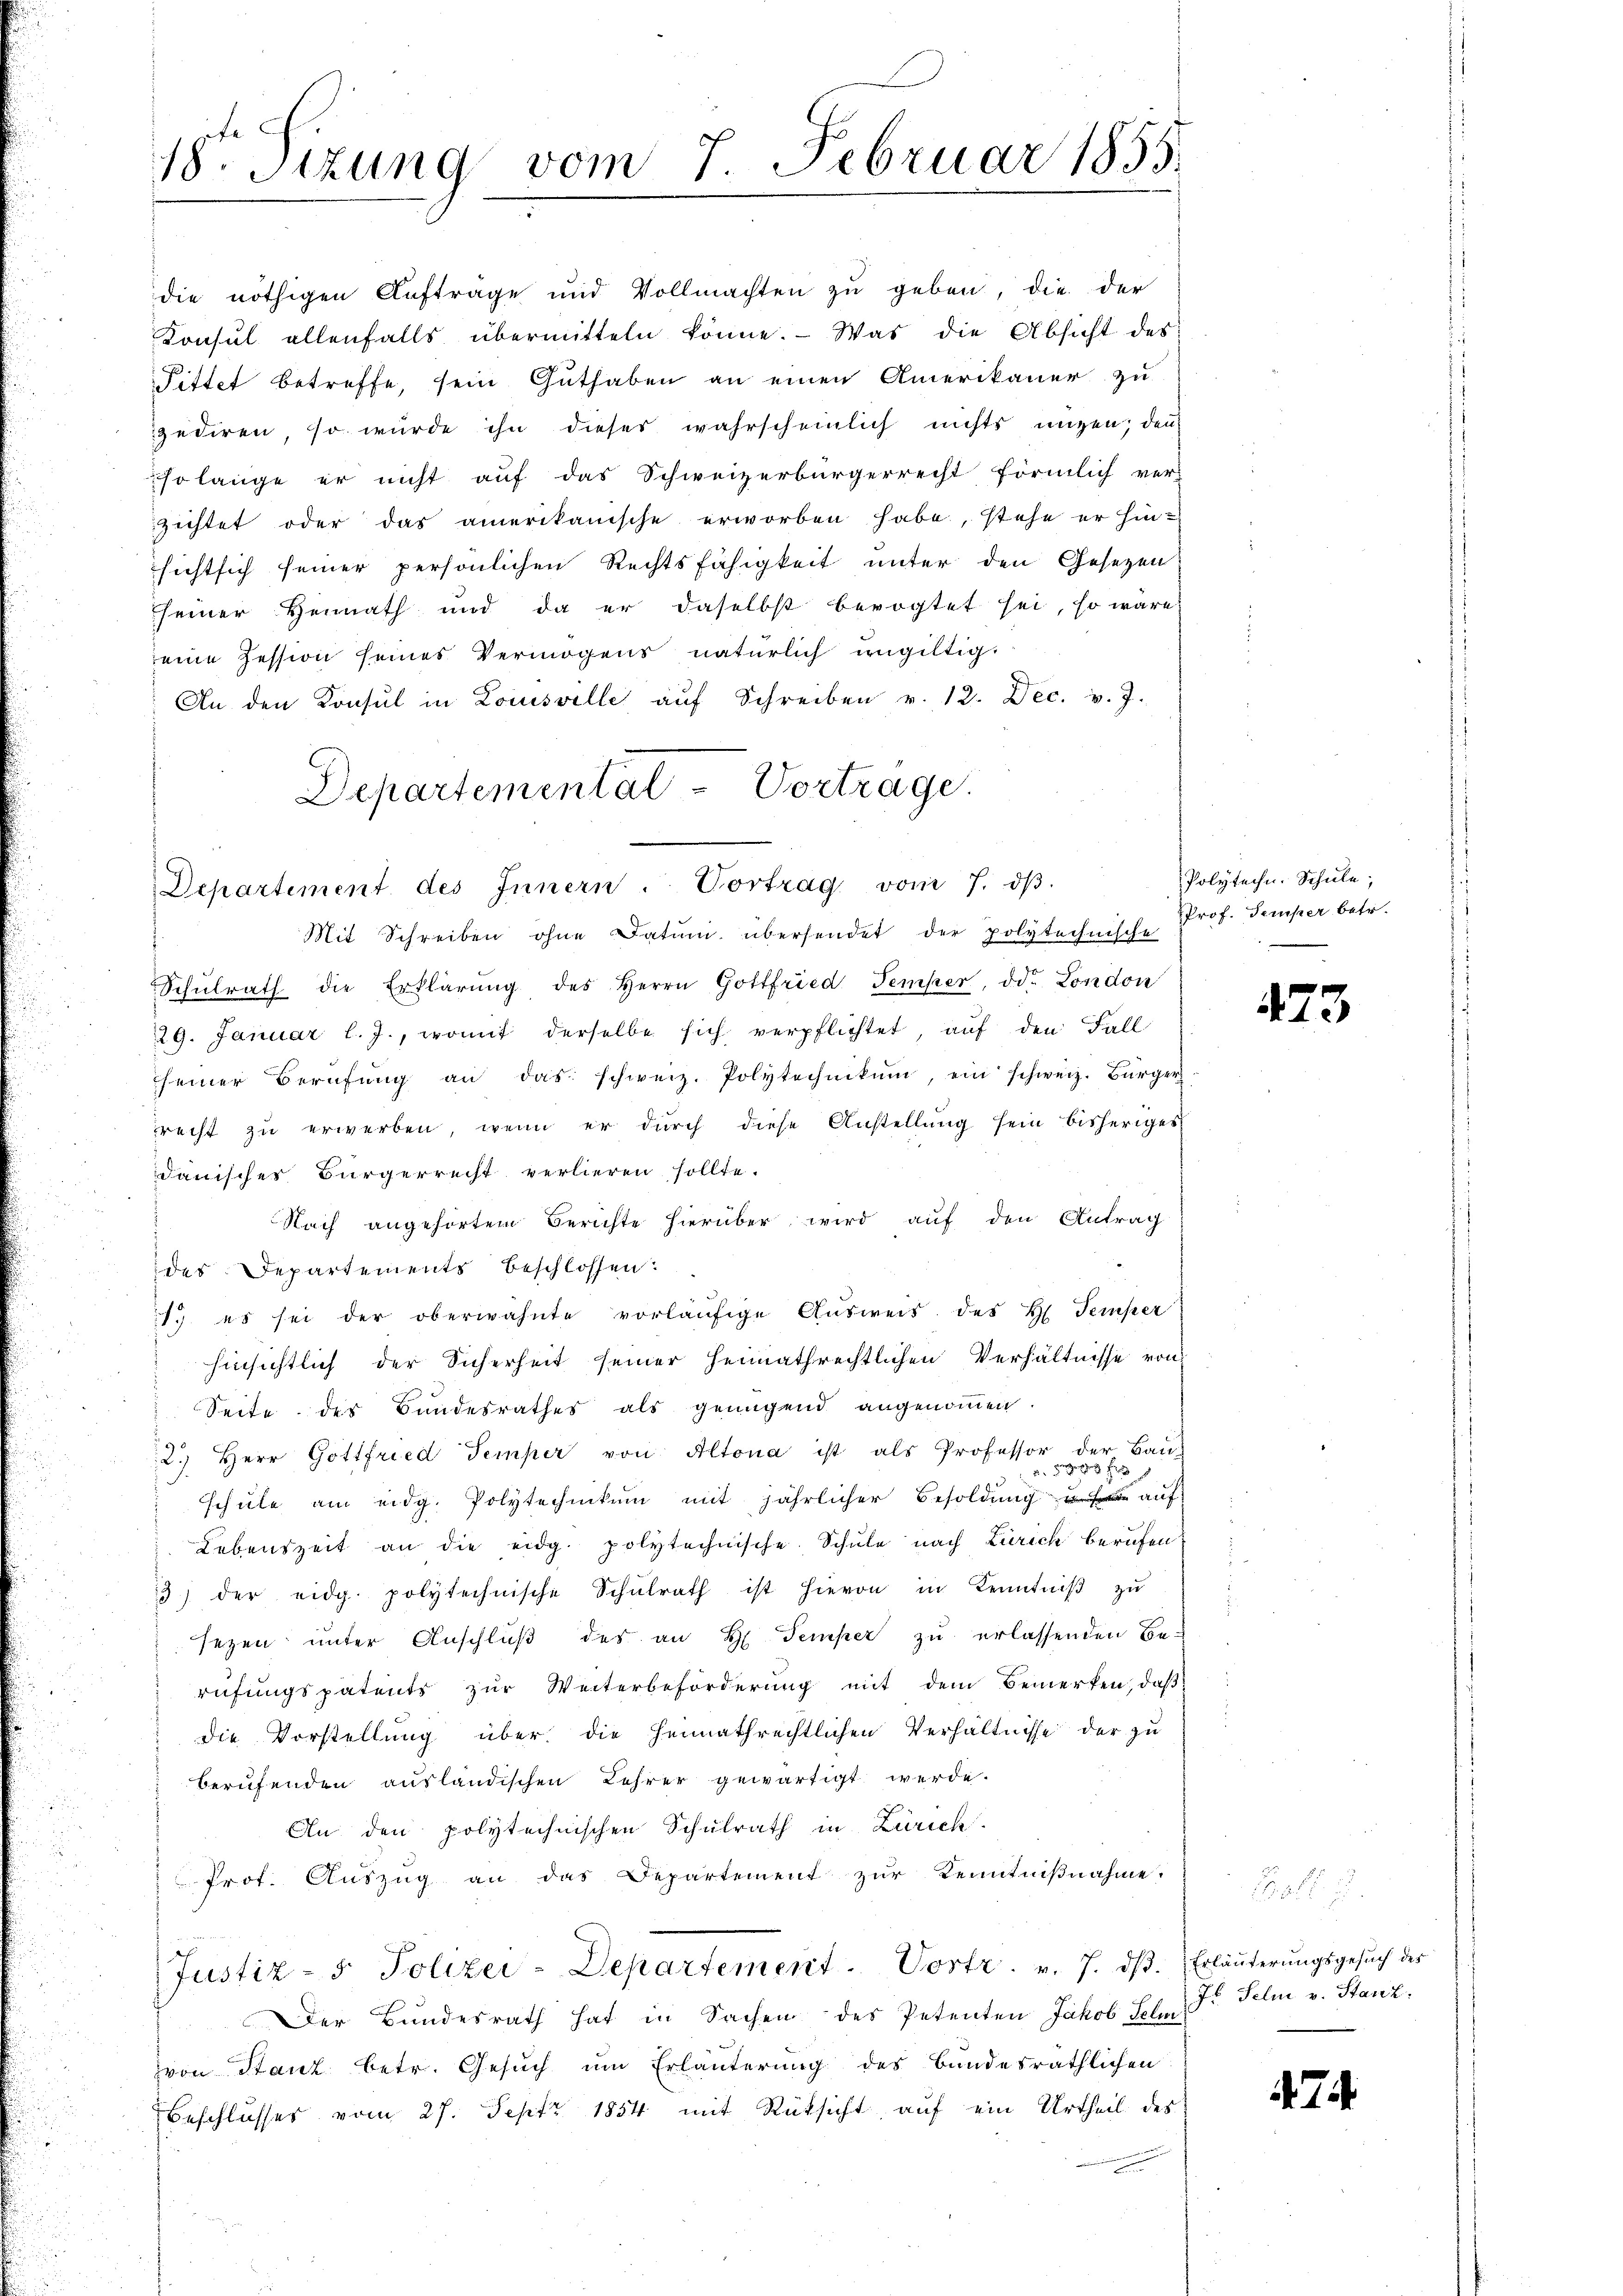
18t Sizung vom 7. Februar 1855.

Departement des Innern. Vortrag vom 7. dβ.
Mit Schreiben ohne Datum übersendet der polytechnische

die nöthigen Aufträge und Vollmachten zŭ geben, die der
Konsul allenfalls übermitteln könne. Was die Absicht des
Pittet betreffe, sein Guthaben an einen Amerikaner zu
zediren, so würde ihn dieser wahrscheinlich nichts ungen, den
Esolange er nicht auf das Schweizerbürgerrecht förmlich ver-
zichtet oder das amerikanische erworben habe, stehe er hin-
sicht sich seiner persönlichen Rechtsfähigkeit unter den Gesetzen
seiner Heimath und da er daselbst bevogtet sei, so wäre
eine Zession seines Vermögens natürlich ungültig,
An den Konsul in Loisville aŭf Schreiben v. 12. Dec. v. J.
Departemental - Vortrage.

Schŭlrath die Erklärŭng des Herrn Gottfried Temper, od. London
29. Januar l. J., womit derselbe sich verpflichtet, auf den Fall
seiner Berufung an das schweiz. Polytechnikum, ein schweiz. Bürger
rrecht zŭ erwerben, wenn er dŭrch diese Anstellŭng sein bisheriges
dauischer Bürgerrecht verlieren sollte.
Nach angehörtem Berichte hierüber wird auf den Antrag
des Departements beschlossen:
1. es sei der oberwähnte vorläŭfige Aŭsweis des H. Femper
hinsichtlich der Sicherheit seiner heimathrechtlichen Verhältnisse von
Seite des Bundesrathes als genügend angenommen.
2.) Herr Gottfried Temper von Altona ist als Professor der Bau-
 89 f
schŭle am eidg. Polytechnikum mit jährlicher Besoldŭng auf
Lebenszeit an die eidg. polytechnische Schŭle nach Zürich berufen:
3) der eidg. polytechnische Schŭlrath ist hievon in Kenntniβ zŭ
sezen unter Anschlŭβ des an H. Temper zu erlassenden Be-
rufungspatents zur Weiterbeförderung mit dem Bemerken, daβ
die Vorstellung über die heimathrechtlichen Verhältnisse der zu
berufenden ausländischen Lehrer gewärtigt werde.
An den polytechnischen Schulrath in Zürich
Prot. Aŭszŭg an das Departement zŭr Kenntniβnahme.
Justiz- & Polizei-Departement. Vortr. v. 7. dβ. Erläuterŭngsgesŭch des
Der Bundesrath hat in Sachen des Petenten Jakob Solar. Dr Felm v. Stanz.
von Stanz betr. Gesuch um Erläuterung des Bundesräthlichen
Beschlusses vom 27. Sept. 1854 mit Rüksicht, auf ein Urtheil des

Polytechn. Schule,
Prof. Temper betr.
—

473

Post u.

7